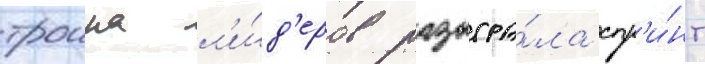
троика л'и́д'еров разыгра́ла спр'и́нт